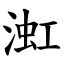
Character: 渱